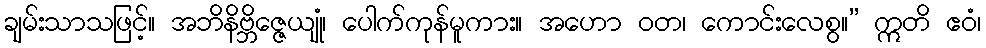
ချမ်းသာသဖြင့်။ အဘိနိဗ္ဘိဇ္ဇေယျုံ၊ ပေါက်ကုန်မူကား။ အဟော ဝတ၊ ကောင်းလေစွ။” ဣတိ ဧဝံ၊